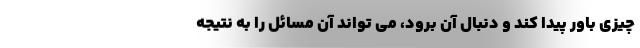
چیزی باور پیدا کند و دنبال آن برود، می تواند آن مسائل را به نتیجه